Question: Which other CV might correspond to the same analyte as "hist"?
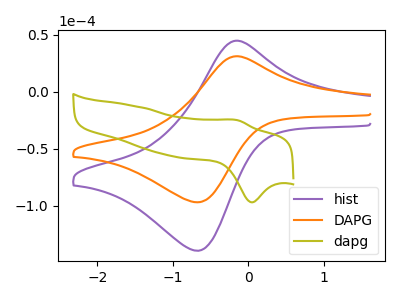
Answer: <think>The purple curve "hist" has an anodic peak at (-0.15V, 44.65uA) and a cathodic peak at (-0.70V, -139.30uA). The orange curve "DAPG" has an anodic peak at (-0.15V, 31.05uA) and a cathodic peak at (-0.70V, -96.90uA). The olive curve "dapg" has an anodic peak at (-0.15V, -25.10uA) and a cathodic peak at (0.05V, -97.00uA).
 All the peaks in "hist" have a peak in "DAPG" at the same potential. Every peak in "hist" is higher than every peak in "DAPG". "hist" and "dapg" have at least one peak that do not match. "DAPG" and "dapg" have at least one peak that do not match.</think>
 <answer>The CV with the most similar shape to "DAPG" is "hist".</answer>
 <eval>"hist"</eval>